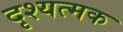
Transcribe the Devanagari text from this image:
दृश्यत्मक